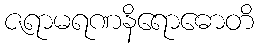
ဇရာမရဏနိရောဓောတိ